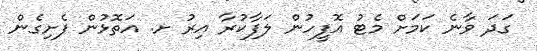
ގަދަ ވާނެ ކަމަށް މެޓު އޮފީހުން ލަފާކުރާ އިރު ށ. އަތޮޅުން ފެށިގެން